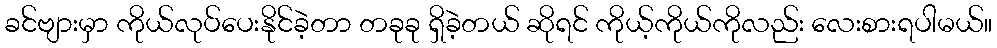
ခင်ဗျားမှာ ကိုယ်လုပ်ပေးနိုင်ခဲ့တာ တခုခု ရှိခဲ့တယ် ဆိုရင် ကိုယ့်ကိုယ်ကိုလည်း လေးစားရပါမယ်။